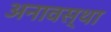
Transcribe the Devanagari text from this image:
अनावस्था